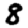
Digit: 8